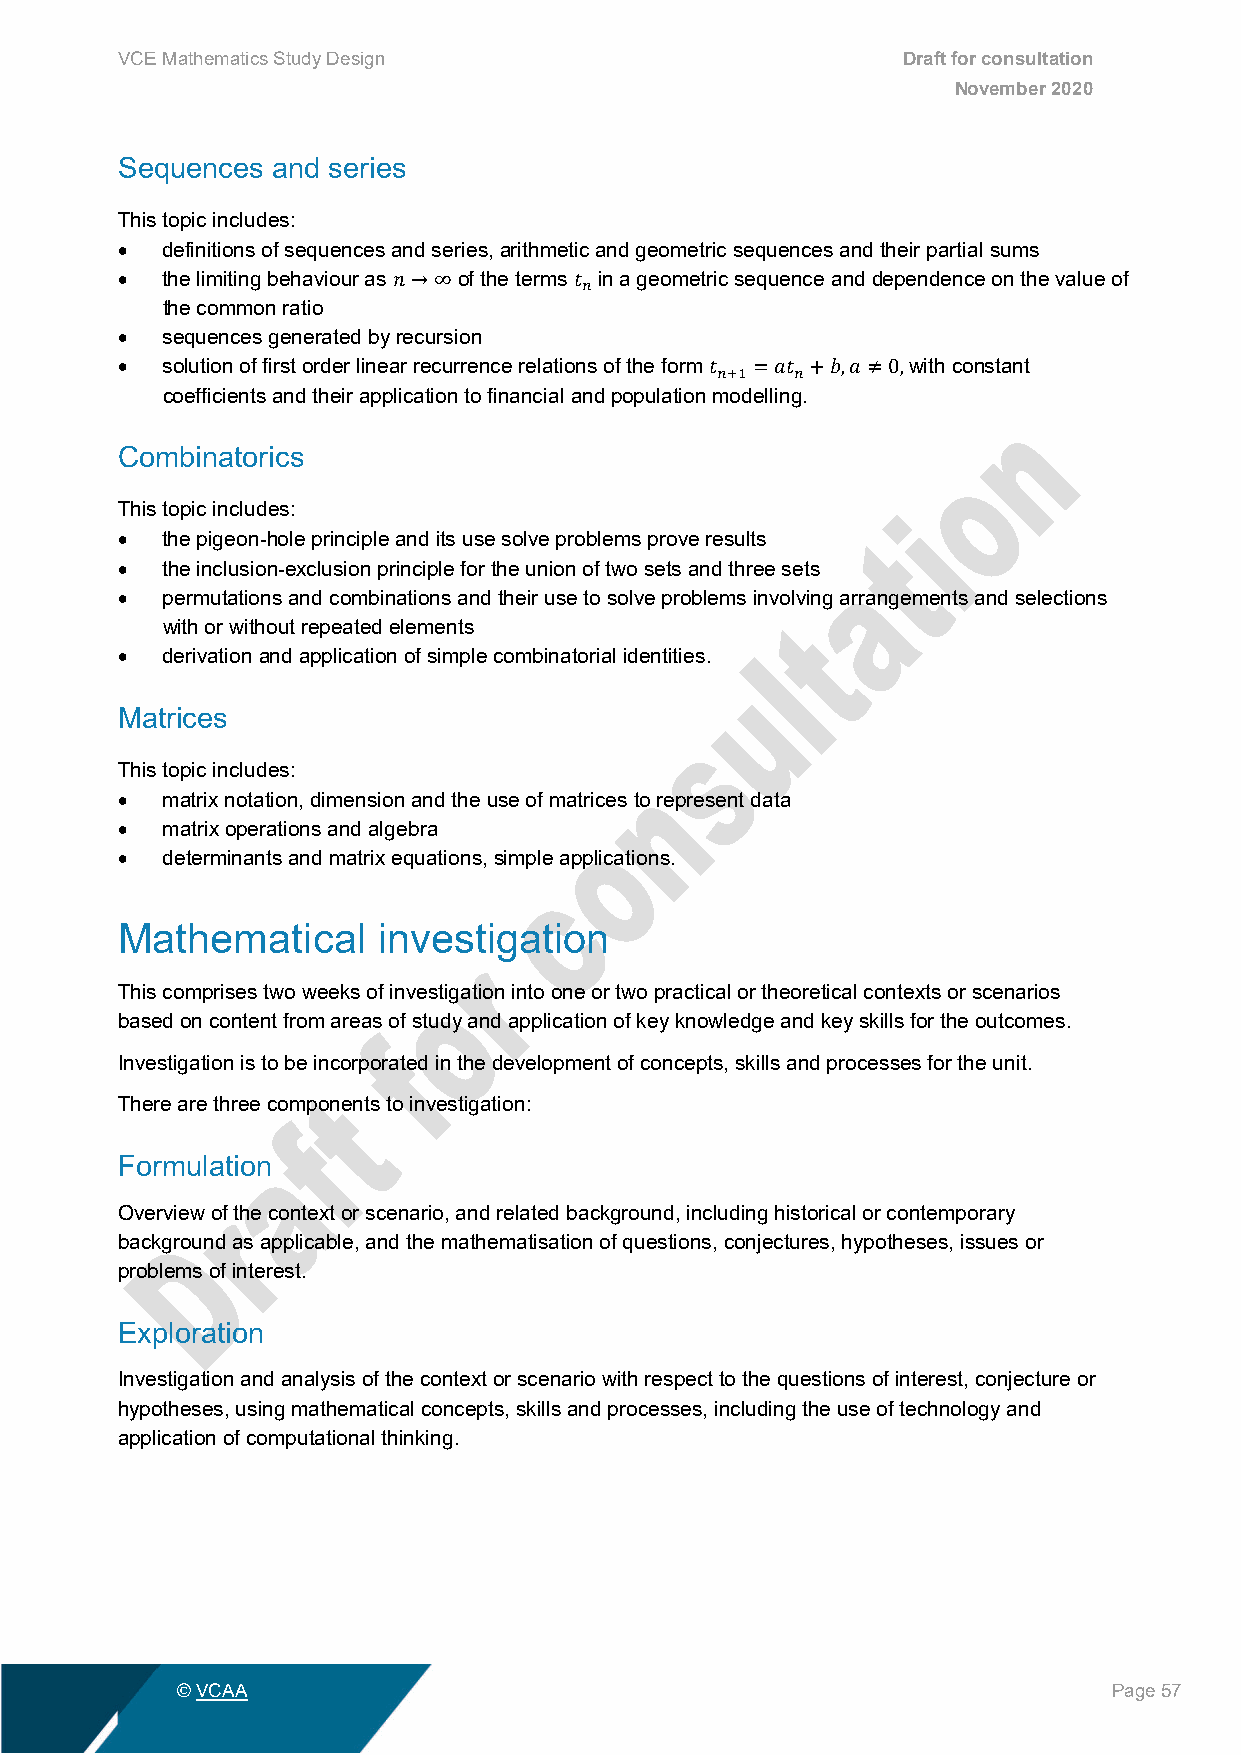
VCE Mathematics Study Design                        Draft for consultation
 November 2020
 Sequences and series
 This topic includes:
 •  definitions of sequences and series, arithmetic and geometric sequences and their partial sums
 •  the limiting behaviour as of the terms in a geometric sequence and dependence on the value of
 the common ratio
 𝑛𝑛→∞        𝑡𝑡𝑛𝑛
 •  sequences generated by recursion
 •  solution of first order linear recurrence relations of the form with constant
 coefficients and their application to financial and population modelling.
 𝑡𝑡𝑛𝑛+1 =𝑎𝑎𝑡𝑡𝑛𝑛+𝑏𝑏,𝑎𝑎≠0,
 Combinatorics
 This topic includes:
 •  the pigeon-hole principle and its use solve problems prove results
 •  the inclusion-exclusion principle for the union of two sets and three sets
 •  permutations and combinations and their use to solve problems involving arrangements and selections
 with or without repeated elements
 •  derivation and application of simple combinatorial identities.
 Matrices
 This topic includes:
 •  matrix notation, dimension and the use of matrices to represent data
 •  matrix operations and algebra
 •  determinants and matrix equations, simple applications.
 Mathematical     investigation
 This comprises two weeks of investigation into one or two practical or theoretical contexts or scenarios
 based on content from areas of study and application of key knowledge and key skills for the outcomes.
 Investigation is to be incorporated in the development of concepts, skills and processes for the unit.
 There are three components to investigation:
 Formulation
 Overview of the context or scenario, and related background, including historical or contemporary
 background as applicable, and the mathematisation of questions, conjectures, hypotheses, issues or
 problems of interest.
 Exploration
 Investigation and analysis of the context or scenario with respect to the questions of interest, conjecture or
 hypotheses, using mathematical concepts, skills and processes, including the use of technology and
 application of computational thinking.
 © VCAA                                                        Page 57